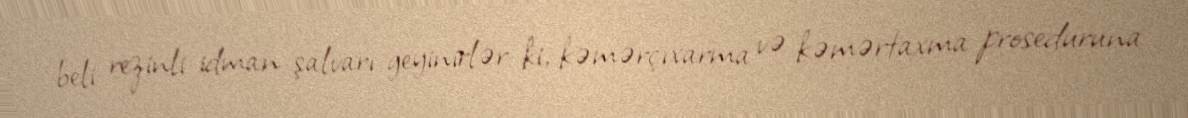
beli rezinli idman şalvarı geyinirlər ki, kəmərçıxarma və kəmərtaxma proseduruna